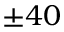
\pm 4 0